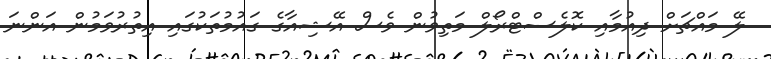
ލޭ މައްޗަށް ދިއުމާއި ކޮލެސްޓްރޯލް މަތިވުން ވެސް އޭޝިއާގެ ގައުމުތަކުގައި އިތުރުވަމުން އަންނަ